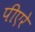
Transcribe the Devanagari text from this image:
पीएरे